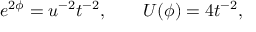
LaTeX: e ^ { 2 \phi } = u ^ { - 2 } t ^ { - 2 } , \qquad U ( \phi ) = 4 t ^ { - 2 } ,